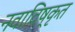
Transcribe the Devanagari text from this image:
नवाविष्कृत